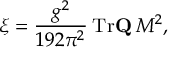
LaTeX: \xi = \frac { g ^ { 2 } } { 1 9 2 \pi ^ { 2 } } \: \mathrm { T r } { \bf Q } \: M ^ { 2 } ,